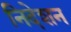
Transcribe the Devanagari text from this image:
निदेशन